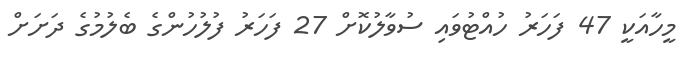
މީހާއަކީ 47 ފަހަރު ހުއްޓުވައި ސުވާލުކޮށް 27 ފަހަރު ފުލުހުންގެ ބެލުމުގެ ދަށަށް